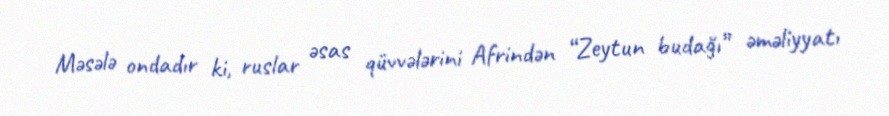
Məsələ ondadır ki, ruslar əsas qüvvələrini Afrindən “Zeytun budağı” əməliyyatı